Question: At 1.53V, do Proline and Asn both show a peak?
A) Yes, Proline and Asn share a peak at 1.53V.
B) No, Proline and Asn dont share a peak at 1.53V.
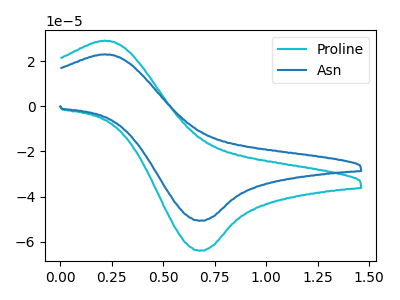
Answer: <think>The cyan curve "Proline" has an anodic peak at (0.20V, 29.05uA) and a cathodic peak at (0.70V, -63.95uA). The blue curve "Asn" has an anodic peak at (0.20V, 23.00uA) and a cathodic peak at (0.70V, -50.65uA).</think>
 <answer>B) No, "Proline" and "Asn" dont share a peak at 1.53V.</answer>
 <eval>B</eval>